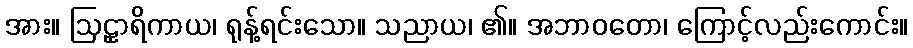
အား။ ဩဠှာရိကာယ၊ ရုန့်ရင်းသော။ သညာယ၊ ၏။ အဘာဝတော၊ ကြောင့်လည်းကောင်း။